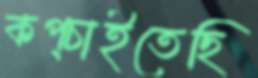
কপ্‌চাইতেছি